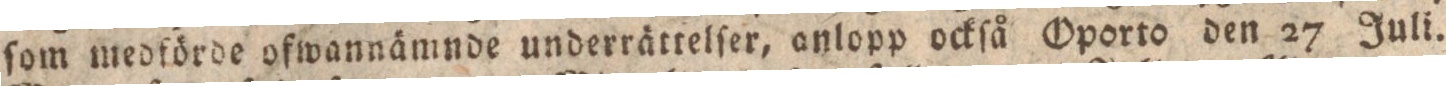
ſom medförde ofwannämnde underrättelſer, anlopp ockſå Oporto den 27 Juli.